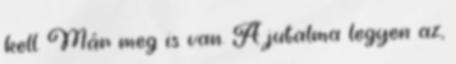
kell. Már meg is van. A jutalma legyen az,